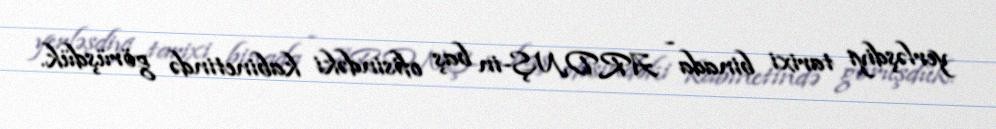
yerləşdiyi tarixi binada - ARDNŞ-in baş ofisindəki kabinetində görüşdük.